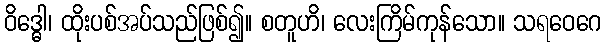
ဝိဒ္ဓေါ၊ ထိုးပစ်အပ်သည်ဖြစ်၍။ စတူဟိ၊ လေးကြိမ်ကုန်သော။ သရဝေဂေ